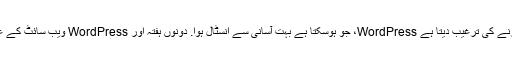
اس کے بجائے ، یہ اپنے صارفین کو ویبل یا تو استعمال کرنے کی ترغیب دیتا ہے WordPress، جو ہوسکتا ہے بہت آسانی سے انسٹال ہوا. دونوں ہفتہ اور WordPress ویب سائٹ کے عمدہ ساز ہیں اور ابتدائ کے لئے خاص طور پر مددگار ہیں۔